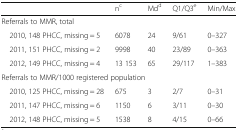
|  | nc | Mdd | Q1/Q3e | Min/Max |
 | --- | --- | --- | --- | --- |
 | <COLSPAN=5> Referrals to MMR, total |
 | 2010, 148 PHCC, missing = 5 | 6078 | 24 | 9/61 | 0–327 |
 | 2011, 151 PHCC, missing = 2 | 9998 | 40 | 23/89 | 0–363 |
 | 2012, 149 PHCC, missing = 4 | 13 153 | 65 | 29/117 | 1–383 |
 | <COLSPAN=5> Referrals to MMR/1000 registered population |
 | 2010, 125 PHCC, missing = 28 | 675 | 3 | 2/7 | 0–31 |
 | 2011, 147 PHCC, missing = 6 | 1150 | 6 | 3/11 | 0–30 |
 | 2012, 148 PHCC, missing = 5 | 1538 | 8 | 4/15 | 0–66 |